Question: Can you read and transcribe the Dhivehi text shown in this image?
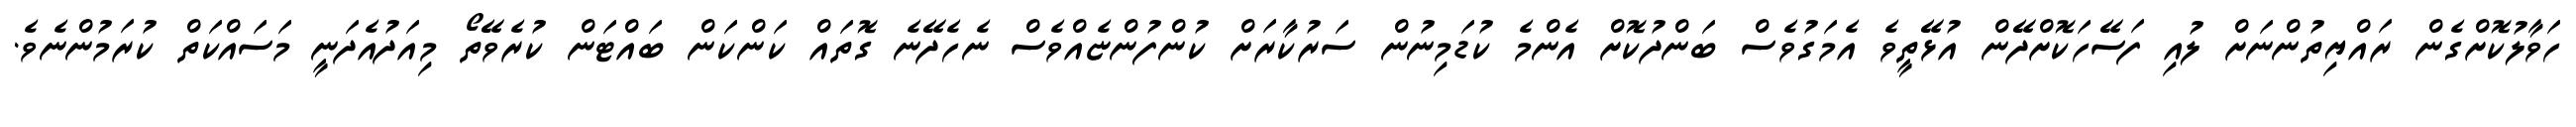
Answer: ހަވާލުކޮށްގެން ރައްޔިތުންނަށް ލުއި ފަސޭހަކޮށްދޭން އުޅޭތީވެ އެމަގުވެސް ބަންދުކޮށް އެންމެ ކުޑަމިނުން ސަރުކާރަށް ކުންފުންޏެއްވެސް ނެހެދޭނެ ގޮތައް ކަންކަން ބައްޓަން ކުރެވޭތޯ މިއަދުއެދަނީ މަސައްކަތް ކުރަމުންނެވެ.